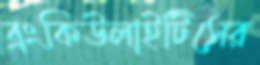
ব্রংকিউলাইটিসের